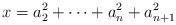
LaTeX: \begin{align*}x = a_2^2+\dots+a_n^2+a_{n+1}^2\end{align*}